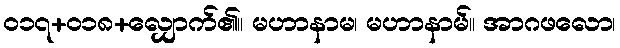
ဝ၁၇+၀၁၈+လျှောက်၏။ မဟာနာမ၊ မဟာနာမ်။ အာဂဖလော၊